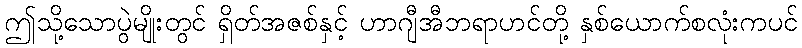
ဤသို့သောပွဲမျိုးတွင် ရှိတ်အဇစ်နှင့် ဟာဂျီအီဘရာဟင်တို့ နှစ်ယောက်စလုံးကပင်